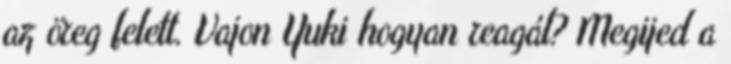
az öreg felett. Vajon Yuki hogyan reagál? Megijed a